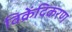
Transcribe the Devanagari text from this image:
विक्रेंदिकरण